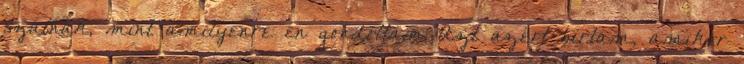
szálnak, mint amilyenre én gondoltam Azt azért bírtam, amikor